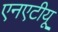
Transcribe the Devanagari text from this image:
एनएटीयू